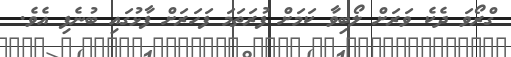
ގްރޯވަ ދެކެ ވަރަށް ލޯބިވާ ކަމަަށް ފުރަތަމަ ފަހަރަށް ފާޅުގައި ބުނެފި އެވެ.